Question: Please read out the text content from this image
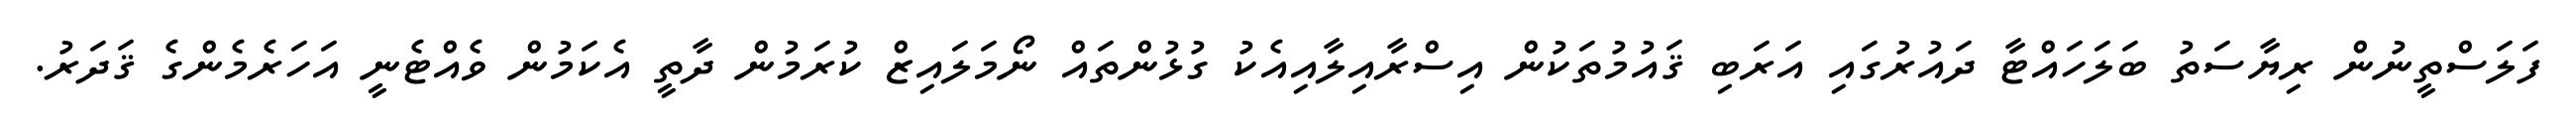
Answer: ފަލަސްތީނުން ރިޔާސަތު ބަލަހައްޓާ ދައުރުގައި އަރަބި ޤައުމުތަކުން އިސްރާއިލާއިއެކު ގުޅުންތައް ނޯމަލައިޒް ކުރަމުން ދާތީ އެކަމުން ވެއްޓެނީ އަހަރެމެންގެ ޤަދަރު.